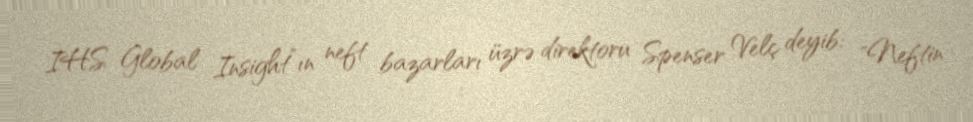
IHS Global Insight”ın neft bazarları üzrə direktoru Spenser Velç deyib: "Neftin